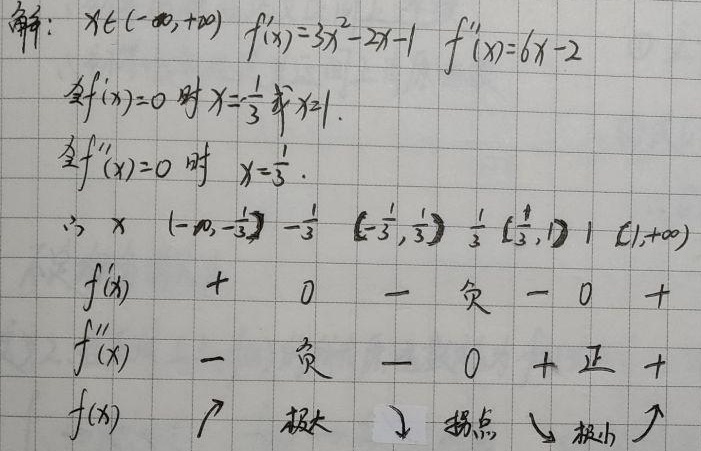
解：\(x\in(-\infty,+\infty)\)，\(f'(x)=3x^{2}-2x - 1\)，\(f''(x)=6x - 2\)。令\(f'(x)=0\)时，\(x = -\frac{1}{3}\)或\(x = 1\)。令\(f''(x)=0\)时，\(x=\frac{1}{3}\)。

\(\begin{array}{c|ccccccc}
x & (-\infty,-\frac{1}{3}) & -\frac{1}{3} & (-\frac{1}{3},\frac{1}{3}) & \frac{1}{3} & (\frac{1}{3},1) & 1 & (1,+\infty) \\
\hline
f'(x) & + & 0 & - &  & - & 0 & + \\
f''(x) & - & \text{负} & - & 0 & + & \text{正} & + \\
f(x) & \nearrow & \text{极大} & \searrow & \text{拐点} & \searrow & \text{极小} & \nearrow
\end{array}\)